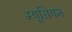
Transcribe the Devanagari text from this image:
म्यूसियम